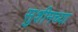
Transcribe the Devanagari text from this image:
सुशीमच्या